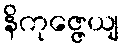
နိကုဇ္ဇေယျ